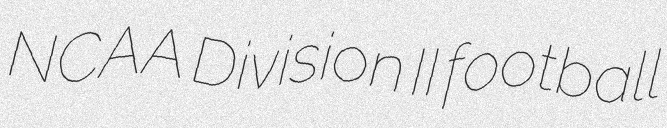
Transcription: NCAA Division II football